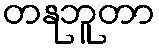
တနုဘူတာ